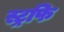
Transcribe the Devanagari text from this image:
स्ट्रफि